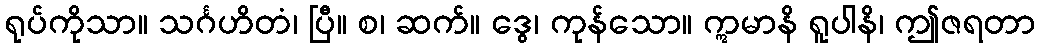
ရုပ်ကိုသာ။ သင်္ဂဟိတံ၊ ပြီ။ စ၊ ဆက်။ ဒွေ၊ ကုန်သော။ ဣမာနိ ရူပါနိ၊ ဤဇရတာ